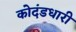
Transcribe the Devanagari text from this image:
कोदंडधारी